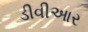
ડીવીઆર